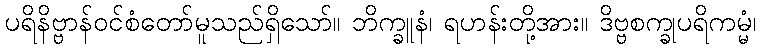
ပရိနိဗ္ဗာန်ဝင်စံတော်မူသည်ရှိသော်။ ဘိက္ခူနံ၊ ရဟန်းတို့အား။ ဒိဗ္ဗစက္ခုပရိကမ္မံ၊